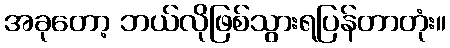
အခုတော့ ဘယ်လိုဖြစ်သွားရပြန်တာတုံး။